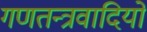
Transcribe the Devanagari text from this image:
गणतन्त्रवादियों